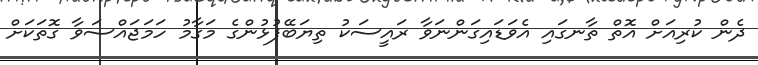
ދެން ކުރިއަށް އޮތް ތާނގައި އެވަޑައިގަންނަވާ ރައީސަކު ތިޔަބޭފުޅުންގެ މަގާމު ހަމަޖައްސަވާ ގޮތަކަށް